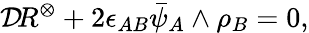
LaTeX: {\cal D}\! R^{\otimes}+2\epsilon_{AB}\bar{\psi}_{A}\wedge\rho_{B}=0,